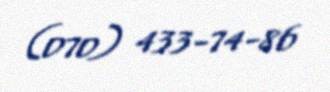
(070) 433-74-86